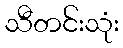
သီတင်းသုံး